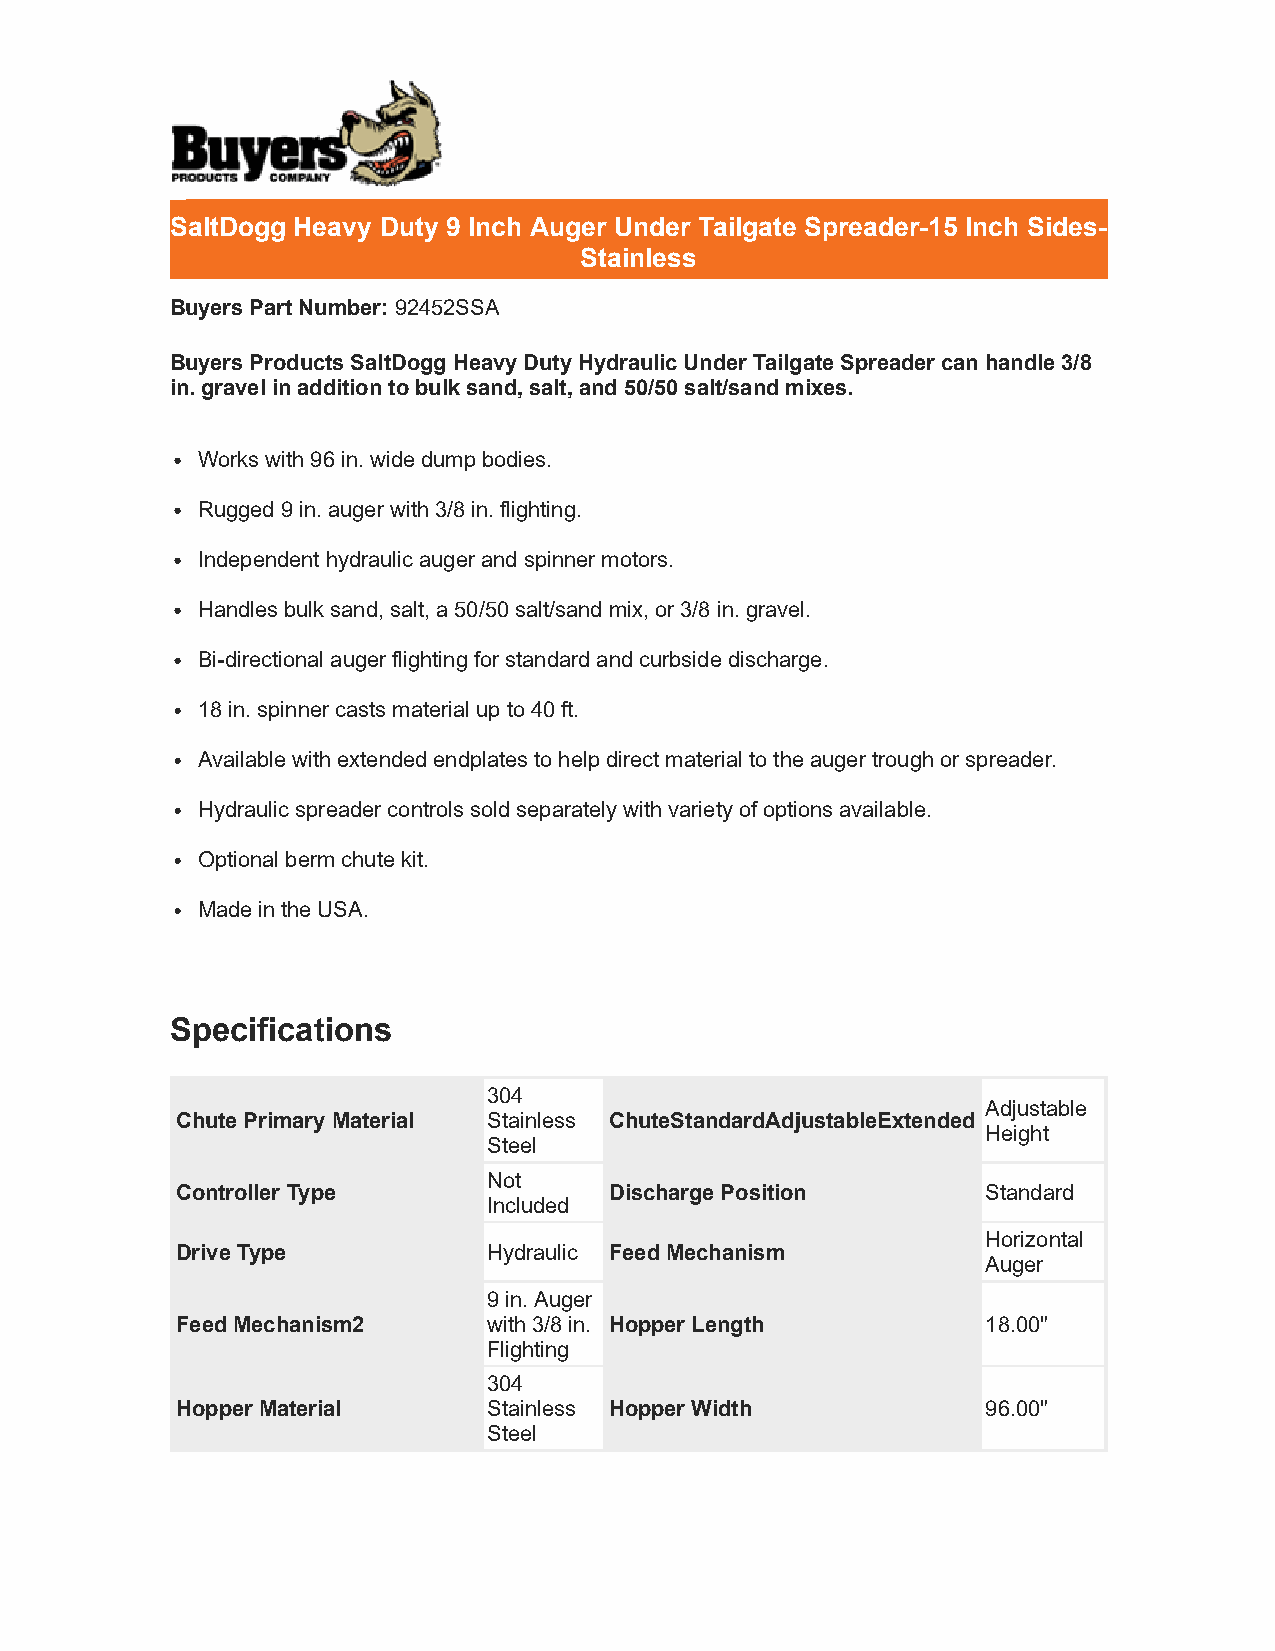
SaltDogg Heavy Duty 9 Inch Auger Under Tailgate Spreader-15 Inch Sides-
 Stainless
 Buyers Part Number: 92452SSA
 Buyers Products SaltDogg Heavy Duty Hydraulic Under Tailgate Spreader can handle 3/8
 in. gravel in addition to bulk sand, salt, and 50/50 salt/sand mixes.
 Works with 96 in. wide dump bodies.
 Rugged 9 in. auger with 3/8 in. flighting.
 Independent hydraulic auger and spinner motors.
 Handles bulk sand, salt, a 50/50 salt/sand mix, or 3/8 in. gravel.
 Bi-directional auger flighting for standard and curbside discharge.
 18 in. spinner casts material up to 40 ft.
 Available with extended endplates to help direct material to the auger trough or spreader.
 Hydraulic spreader controls sold separately with variety of options available.
 Optional berm chute kit.
 Made in the USA.
 Specifications
 304
 Adjustable
 Chute Primary Material Stainless ChuteStandardAdjustableExtended
 Height
 Steel
 Not
 Controller Type             Discharge Position       Standard
 Included
 Horizontal
 Drive Type          Hydraulic Feed Mechanism
 Auger
 9 in. Auger
 Feed Mechanism2     with 3/8 in. Hopper Length       18.00"
 Flighting
 304
 Hopper Material     Stainless Hopper Width           96.00"
 Steel